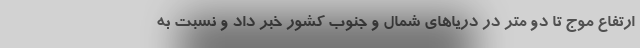
ارتفاع موج تا دو متر در دریاهای شمال و جنوب کشور خبر داد و نسبت به